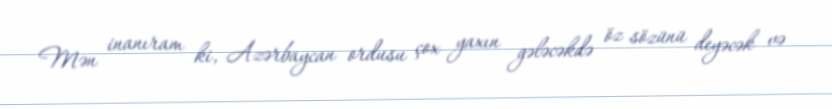
Mən inanıram ki, Azərbaycan ordusu çox yaxın gələcəkdə öz sözünü deyəcək və